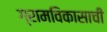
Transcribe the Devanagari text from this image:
ग्रामविकासाची